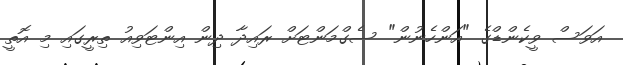
އަވަސް ވީކެންޑްގެ "އަންހެނުން" ސެގްމަންޓަށް ރައިދާ ދިން އިންޓަވިއު ތިރީގައި މި އޮތީ